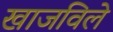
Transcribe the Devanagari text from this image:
खाजविले